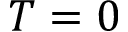
T = 0